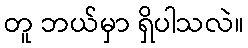
တူ ဘယ်မှာ ရှိပါသလဲ။